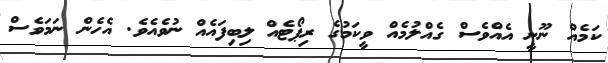
ކަމެއް ނޫނީ އެއްވެސް ގެއްލުމެއް ވީކަމުގެ ރިޕޯޓެއް ލިބިފައެއް ނުވެއެވެ. އެހެން ނަމަވެސް